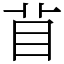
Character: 𥄕